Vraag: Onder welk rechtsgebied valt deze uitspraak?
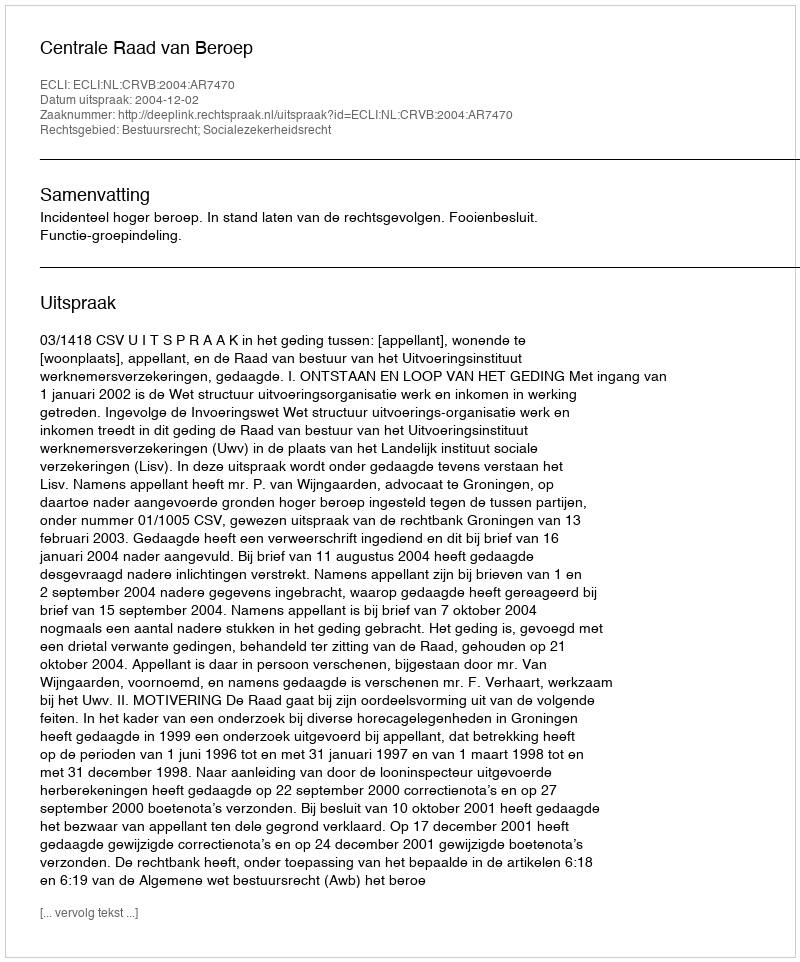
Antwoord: Bestuursrecht; Socialezekerheidsrecht